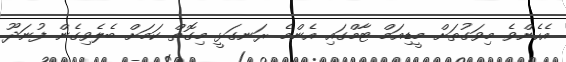
އެހެންވެ މިވަގުތަށް މީޑިއަމް ޓާމްގައި އެންމެ ރަނގަޅީ މިގޮތް ކަމަށް ބެލެވިގެން ފުނަދޫ